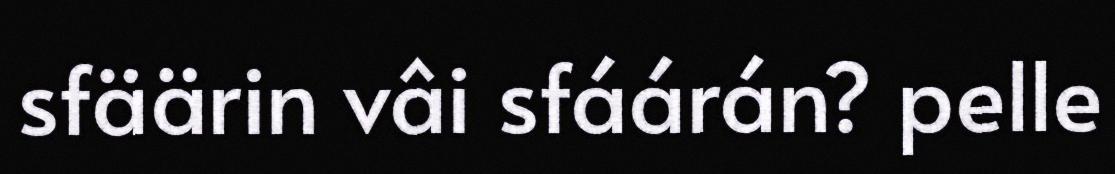
sfäärin vâi sfáárán? pelle